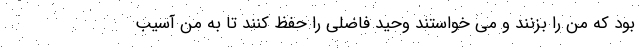
بود که من را بزنند و می خواستند وحید فاضلی را حفظ کنند تا به من آسیب